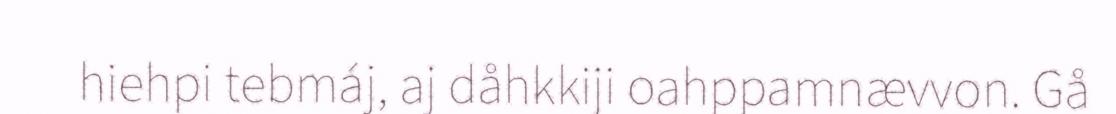
hiehpi tebmáj, aj dåhkkiji oahppamnævvon. Gå